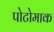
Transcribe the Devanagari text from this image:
पोटोमाक